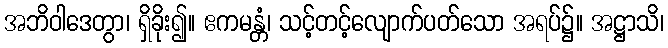
အဘိဝါဒေတွာ၊ ရှိခိုး၍။ ဧကမန္တံ၊ သင့်တင့်လျောက်ပတ်သော အရပ်၌။ အဋ္ဌာသိ၊